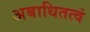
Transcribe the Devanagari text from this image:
अबाधितत्वं